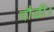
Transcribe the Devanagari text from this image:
दौडी।